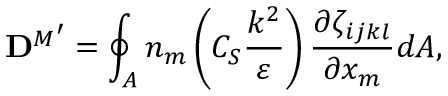
{ \mathbf { D } ^ { M } } ^ { \prime } = \oint _ { A } n _ { m } \left( C _ { S } \frac { k ^ { 2 } } { \varepsilon } \right) \frac { \partial \zeta _ { i j k l } } { \partial x _ { m } } d A ,